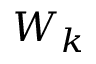
W _ { k }